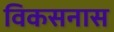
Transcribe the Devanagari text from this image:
विकसनास